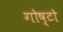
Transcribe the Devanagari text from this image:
गोष्टो